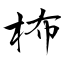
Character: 柨